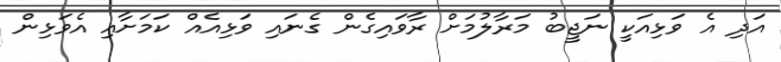
އަދި އެ ވަޅިއަކީ ނަޖީބު މަރާލުމަށް ރާވައިގެން ގެނައި ވަޅިއެއް ކަމަށާއި އެވަޅިން